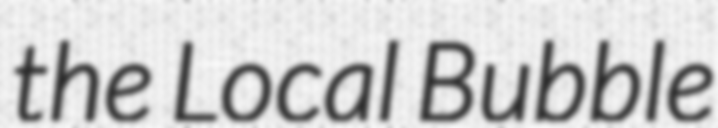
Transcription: the Local Bubble